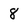
Character: 8